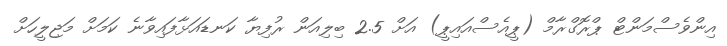
އިންވެސްމަންޓް ޕްރޮގްރާމް (ޕީއެސްއައިޕީ) އަށް 2.5 ބިލިއަން ރުފިޔާ ކަނޑައަޅާފައިވާނެ ކަމަށް މަޖިލީހަށް